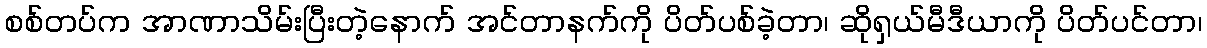
စစ်တပ်က အာဏာသိမ်းပြီးတဲ့နောက် အင်တာနက်ကို ပိတ်ပစ်ခဲ့တာ၊ ဆိုရှယ်မီဒီယာကို ပိတ်ပင်တာ၊